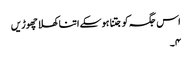
اس جگہ کو جتنا ہوسکے اتنا کھلا چھوڑیں
۴۔